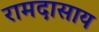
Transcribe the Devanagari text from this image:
रामदासाय